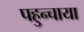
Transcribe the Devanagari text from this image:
पहुन्चाया